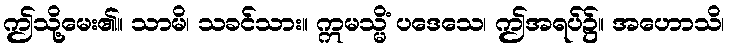
ဤသို့မေး၏။ သာမိ၊ သခင်သား။ ဣမသ္မိံ ပဒေသေ၊ ဤအရပ်၌။ အဟောသိ၊